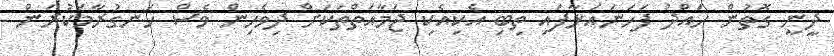
ދީނީ ގޮތުން ހައްދު ފަހަނައަޅާފައި ތިބި އެކިއެކި ޖަމާއަތްތަކަށް ދިވެހިން ވެސް ހަނގުރާމަކުރަން